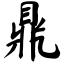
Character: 鼎